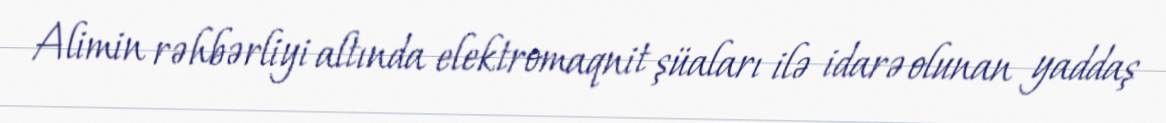
Alimin rəhbərliyi altında elektromaqnit şüaları ilə idarə olunan yaddaş